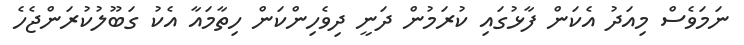
ނަމަވެސް މިއަދު އެކަން ފާޅުގައި ކުރަމުން ދަނީ ދިވެހިންކަން ހިތާމައާ އެކު ގަބޫލުކުރަންޖެހެ